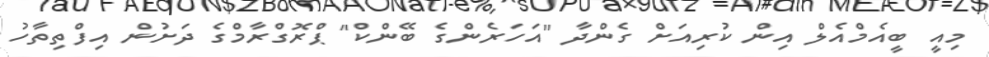
މިއީ ބީއެމްއެލް އިން ކުރިއަށް ގެންދާ "އަހަރެންގެ ބޭންކް" ޕްރޮގްރާމްގެ ދަށުން އިފްތިތާހު